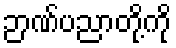
ဉာဏ်ပညာတို့ကို